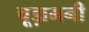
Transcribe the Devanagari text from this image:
चूड़ामनी